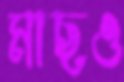
মাছও